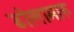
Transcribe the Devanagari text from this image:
ढोलामारु